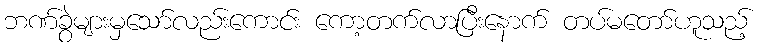
ဘဏ်ခွဲများမှသော်လည်းကောင်း ကော့တက်လာပြီးနောက် တပ်မတော်ဟူသည့်